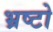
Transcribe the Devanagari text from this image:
भ्रष्टो